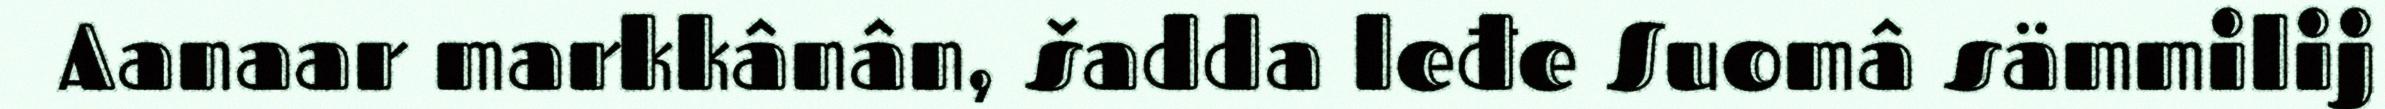
Aanaar markkânân, šadda leđe Suomâ sämmilij